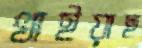
খাইয়াছ